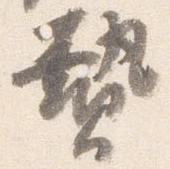
贄